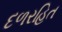
દળરહિત